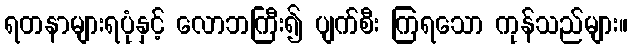
ရတနာများရပုံနှင့် လောဘကြီး၍ ပျက်စီး ကြရသော ကုန်သည်များ။